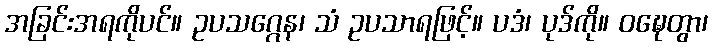
အခြင်းအရကိုပင်။ ဥပသဂ္ဂေန၊ သံ ဥပသာရဖြင့်။ ပဒံ၊ ပုဒ်ကို။ ဝဍ္ဎေတွာ၊